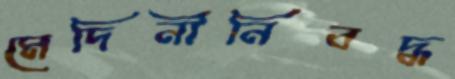
মেদিনীনিবদ্ধ